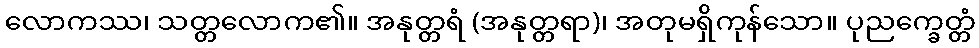
လောကဿ၊ သတ္တလောက၏။ အနုတ္တရံ (အနုတ္တရာ)၊ အတုမရှိကုန်သော။ ပုညက္ခေတ္တံ